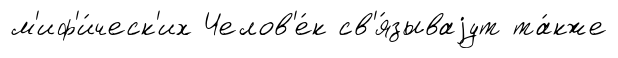
м'иф'и́ческ'их Челов'е́к св'я́зываjут та́кже